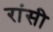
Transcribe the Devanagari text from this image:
रांसी